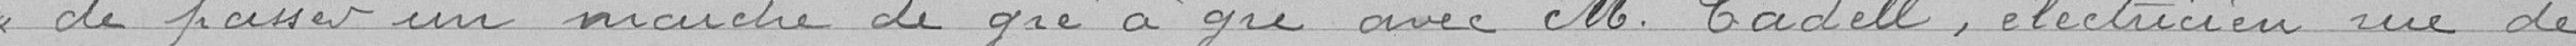
« de passer un marché de gré à gré avec Monsieur Cadell, électricien rue de